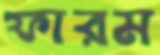
ফারম